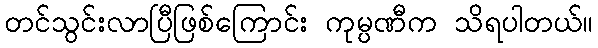
တင်သွင်းလာပြီဖြစ်ကြောင်း ကုမ္ပဏီက သိရပါတယ်။